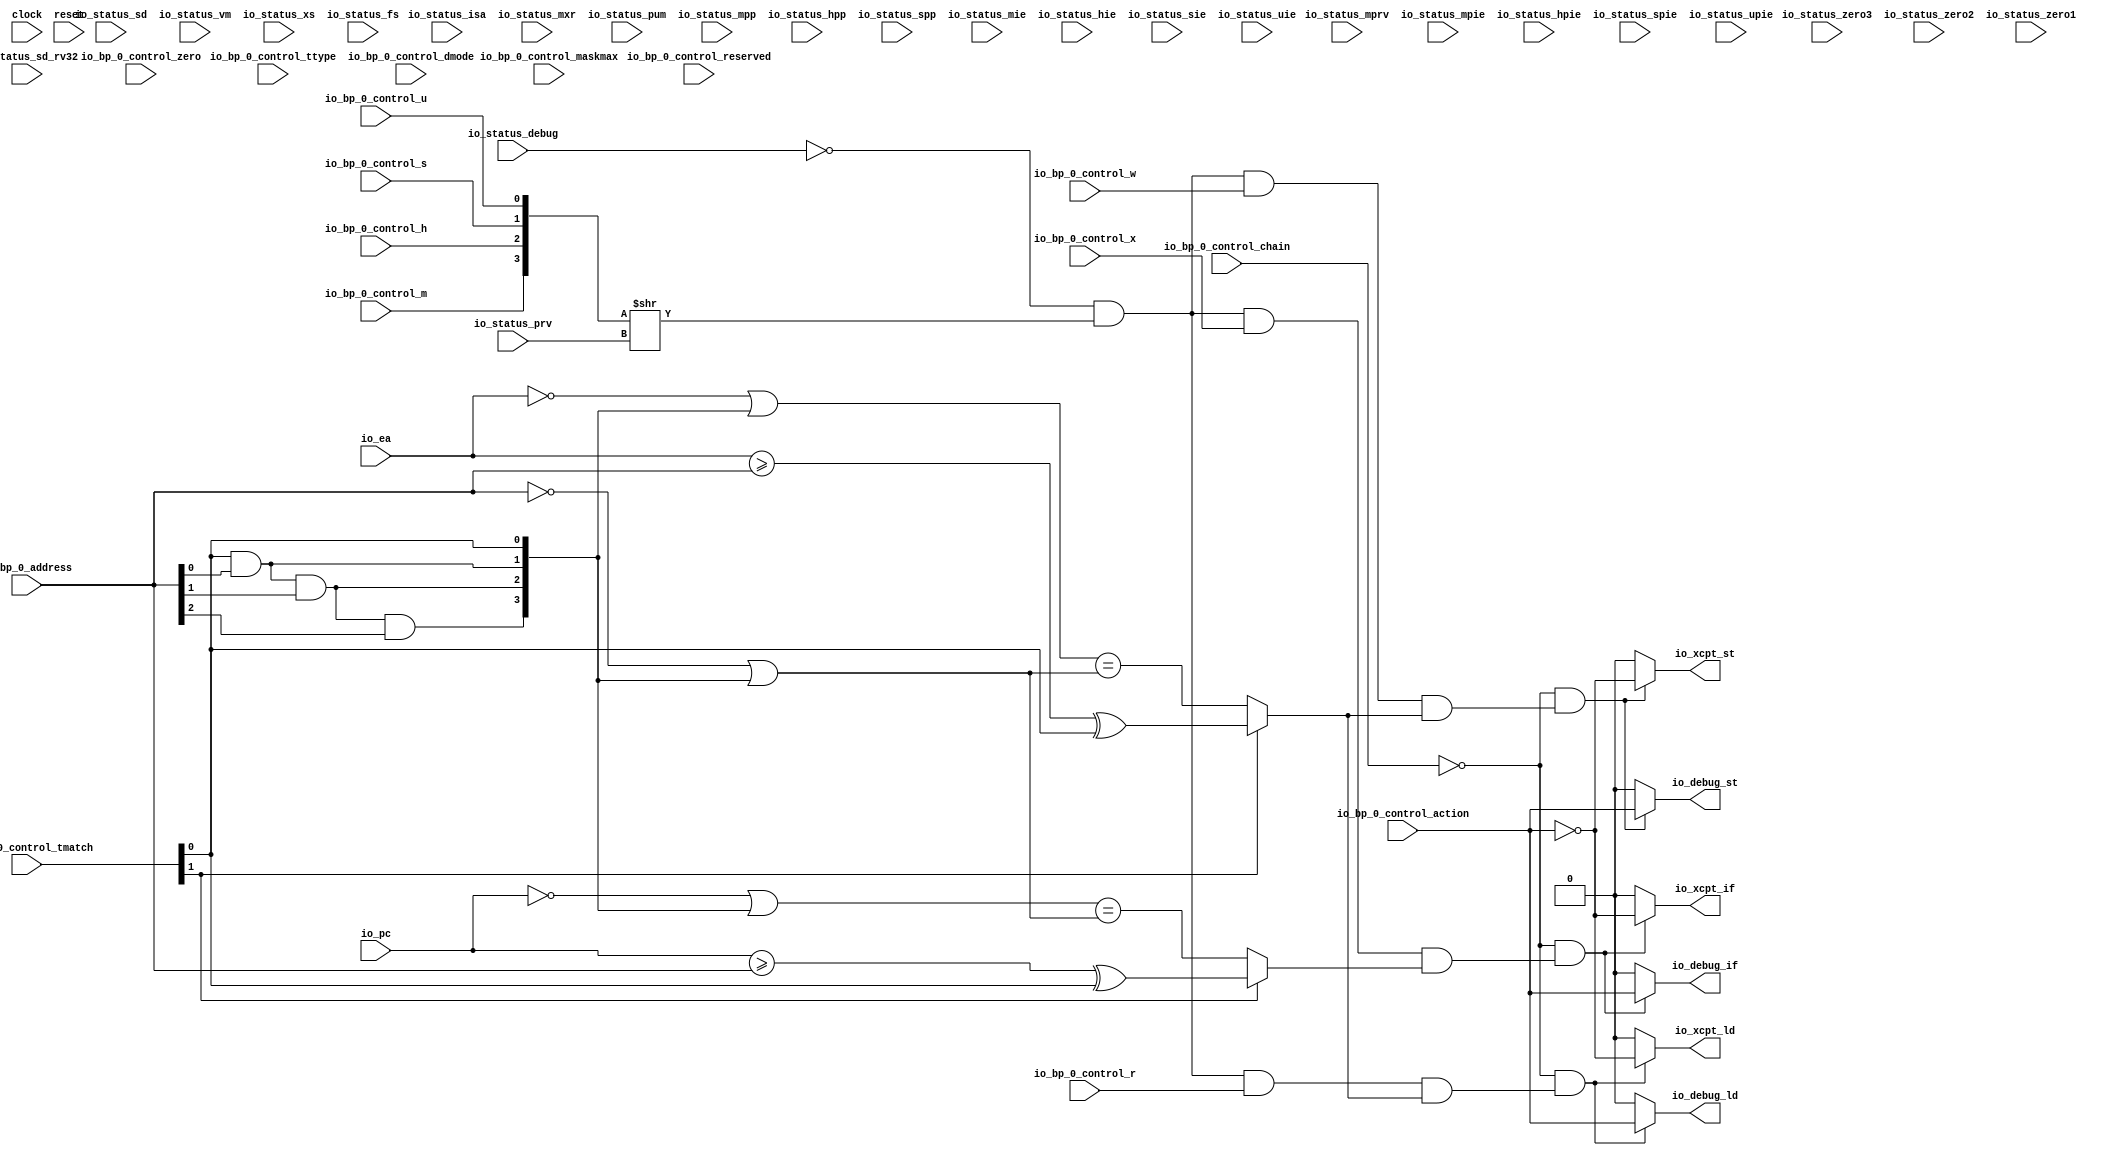
module BreakpointUnit(
  input   clock,
  input   reset,
  input   io_status_debug,
  input  [31:0] io_status_isa,
  input  [1:0] io_status_prv,
  input   io_status_sd,
  input  [30:0] io_status_zero3,
  input   io_status_sd_rv32,
  input  [1:0] io_status_zero2,
  input  [4:0] io_status_vm,
  input  [3:0] io_status_zero1,
  input   io_status_mxr,
  input   io_status_pum,
  input   io_status_mprv,
  input  [1:0] io_status_xs,
  input  [1:0] io_status_fs,
  input  [1:0] io_status_mpp,
  input  [1:0] io_status_hpp,
  input   io_status_spp,
  input   io_status_mpie,
  input   io_status_hpie,
  input   io_status_spie,
  input   io_status_upie,
  input   io_status_mie,
  input   io_status_hie,
  input   io_status_sie,
  input   io_status_uie,
  input  [3:0] io_bp_0_control_ttype,
  input   io_bp_0_control_dmode,
  input  [5:0] io_bp_0_control_maskmax,
  input  [7:0] io_bp_0_control_reserved,
  input   io_bp_0_control_action,
  input   io_bp_0_control_chain,
  input  [1:0] io_bp_0_control_zero,
  input  [1:0] io_bp_0_control_tmatch,
  input   io_bp_0_control_m,
  input   io_bp_0_control_h,
  input   io_bp_0_control_s,
  input   io_bp_0_control_u,
  input   io_bp_0_control_x,
  input   io_bp_0_control_w,
  input   io_bp_0_control_r,
  input  [31:0] io_bp_0_address,
  input  [31:0] io_pc,
  input  [31:0] io_ea,
  output  io_xcpt_if,
  output  io_xcpt_ld,
  output  io_xcpt_st,
  output  io_debug_if,
  output  io_debug_ld,
  output  io_debug_st
);
  wire  T_170;
  wire [1:0] T_171;
  wire [1:0] T_172;
  wire [3:0] T_173;
  wire [3:0] T_174;
  wire  T_175;
  wire  T_176;
  wire  T_178;
  wire  T_179;
  wire  T_180;
  wire  T_181;
  wire  T_182;
  wire [31:0] T_183;
  wire  T_185;
  wire  T_186;
  wire  T_187;
  wire  T_188;
  wire  T_189;
  wire  T_190;
  wire [1:0] T_191;
  wire [1:0] T_192;
  wire [3:0] T_193;
  wire [31:0] GEN_6;
  wire [31:0] T_194;
  wire [31:0] T_195;
  wire [31:0] T_206;
  wire  T_207;
  wire  T_208;
  wire  T_209;
  wire  T_211;
  wire  T_242;
  wire  T_244;
  wire  T_246;
  wire  T_248;
  wire [31:0] T_249;
  wire [31:0] T_260;
  wire  T_273;
  wire  T_274;
  wire  T_275;
  wire  T_277;
  wire  T_278;
  wire  T_280;
  wire  GEN_0;
  wire  GEN_1;
  wire  T_281;
  wire  GEN_2;
  wire  GEN_3;
  wire  T_284;
  wire  GEN_4;
  wire  GEN_5;
  assign io_xcpt_if = GEN_4;
  assign io_xcpt_ld = GEN_0;
  assign io_xcpt_st = GEN_2;
  assign io_debug_if = GEN_5;
  assign io_debug_ld = GEN_1;
  assign io_debug_st = GEN_3;
  assign T_170 = io_status_debug == 1'h0;
  assign T_171 = {io_bp_0_control_s,io_bp_0_control_u};
  assign T_172 = {io_bp_0_control_m,io_bp_0_control_h};
  assign T_173 = {T_172,T_171};
  assign T_174 = T_173 >> io_status_prv;
  assign T_175 = T_174[0];
  assign T_176 = T_170 & T_175;
  assign T_178 = T_176 & io_bp_0_control_r;
  assign T_179 = io_bp_0_control_tmatch[1];
  assign T_180 = io_ea >= io_bp_0_address;
  assign T_181 = io_bp_0_control_tmatch[0];
  assign T_182 = T_180 ^ T_181;
  assign T_183 = ~ io_ea;
  assign T_185 = io_bp_0_address[0];
  assign T_186 = T_181 & T_185;
  assign T_187 = io_bp_0_address[1];
  assign T_188 = T_186 & T_187;
  assign T_189 = io_bp_0_address[2];
  assign T_190 = T_188 & T_189;
  assign T_191 = {T_186,T_181};
  assign T_192 = {T_190,T_188};
  assign T_193 = {T_192,T_191};
  assign GEN_6 = {{28'd0}, T_193};
  assign T_194 = T_183 | GEN_6;
  assign T_195 = ~ io_bp_0_address;
  assign T_206 = T_195 | GEN_6;
  assign T_207 = T_194 == T_206;
  assign T_208 = T_179 ? T_182 : T_207;
  assign T_209 = T_178 & T_208;
  assign T_211 = T_176 & io_bp_0_control_w;
  assign T_242 = T_211 & T_208;
  assign T_244 = T_176 & io_bp_0_control_x;
  assign T_246 = io_pc >= io_bp_0_address;
  assign T_248 = T_246 ^ T_181;
  assign T_249 = ~ io_pc;
  assign T_260 = T_249 | GEN_6;
  assign T_273 = T_260 == T_206;
  assign T_274 = T_179 ? T_248 : T_273;
  assign T_275 = T_244 & T_274;
  assign T_277 = io_bp_0_control_chain == 1'h0;
  assign T_278 = T_277 & T_209;
  assign T_280 = io_bp_0_control_action == 1'h0;
  assign GEN_0 = T_278 ? T_280 : 1'h0;
  assign GEN_1 = T_278 ? io_bp_0_control_action : 1'h0;
  assign T_281 = T_277 & T_242;
  assign GEN_2 = T_281 ? T_280 : 1'h0;
  assign GEN_3 = T_281 ? io_bp_0_control_action : 1'h0;
  assign T_284 = T_277 & T_275;
  assign GEN_4 = T_284 ? T_280 : 1'h0;
  assign GEN_5 = T_284 ? io_bp_0_control_action : 1'h0;
endmodule